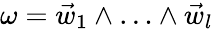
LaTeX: \omega=\vec{w}_{1}\land\dotsc\land\vec{w}_{l}